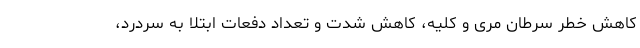
کاهش خطر سرطان مری و کلیه، کاهش شدت و تعداد دفعات ابتلا به سردرد،